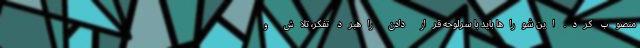
منصوب کرد. این شوراها باید با سرلوحه قرار دادن راهبرد تفکر، تلاش و